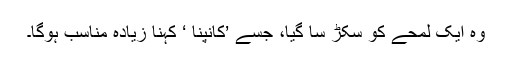
وہ ایک لمحے کو سکڑ سا گیا، جسے ’کانپنا ‘ کہنا زیادہ مناسب ہوگا۔